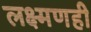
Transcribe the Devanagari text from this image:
लक्ष्मणही